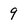
Character: 9